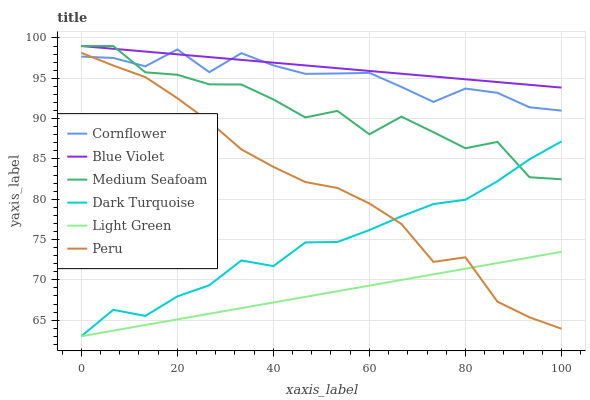
| xaxis_label | Cornflower | Blue Violet | Medium Seafoam | Dark Turquoise | Light Green | Peru |
 | --- | --- | --- | --- | --- | --- | --- |
 | 0 | 97.7 | 99 | 99 | 63 | 63 | 98.2 |
 | 6.67 | 97.5 | 98.7 | 99 | 66.3 | 63.7 | 96.6 |
 | 13.3 | 96.5 | 98.3 | 95.7 | 65.5 | 64.4 | 95.1 |
 | 20 | 98.6 | 98 | 95.4 | 67.9 | 65.1 | 92.5 |
 | 26.7 | 95.8 | 97.6 | 94.2 | 69.3 | 65.8 | 89.6 |
 | 33.3 | 98.1 | 97.3 | 94.2 | 72.4 | 66.5 | 86.2 |
 | 40 | 96.6 | 96.9 | 92.4 | 71.7 | 67.2 | 84 |
 | 46.7 | 95.5 | 96.6 | 90.1 | 74.6 | 67.9 | 82.1 |
 | 53.3 | 95.6 | 96.2 | 91 | 74.7 | 68.6 | 81.4 |
 | 60 | 95.7 | 95.9 | 88.1 | 76.2 | 69.3 | 79.5 |
 | 66.7 | 93.9 | 95.6 | 90.2 | 77.9 | 70 | 76.9 |
 | 73.3 | 92.1 | 95.2 | 88.3 | 79.4 | 70.7 | 72.2 |
 | 80 | 93.7 | 94.9 | 86.3 | 79.9 | 71.4 | 72.8 |
 | 86.7 | 93.2 | 94.5 | 87.1 | 82.2 | 72.1 | 67.3 |
 | 93.3 | 91.4 | 94.2 | 82.7 | 84.9 | 72.8 | 65.3 |
 | 100 | 91 | 93.8 | 82.5 | 87.2 | 73.5 | 63.9 |